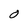
Character: O